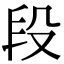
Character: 段